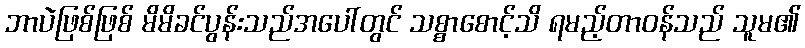
ဘာပဲဖြစ်ဖြစ် မိမိခင်ပွန်းသည်အပေါ်တွင် သစ္စာစောင့်သိ ရမည့်တာဝန်သည် သူမ၏